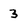
Character: 3